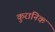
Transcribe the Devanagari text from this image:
कुरानिक